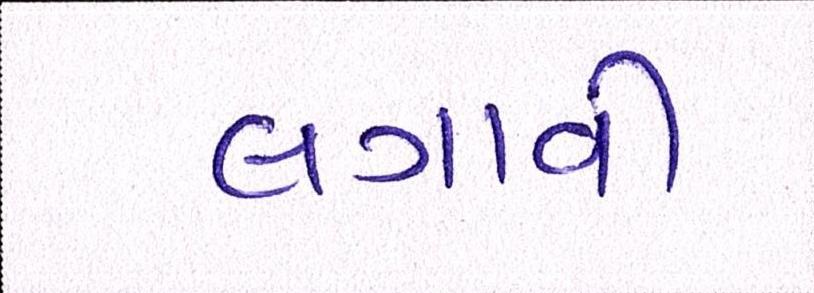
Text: લગાવી